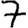
Digit: 7